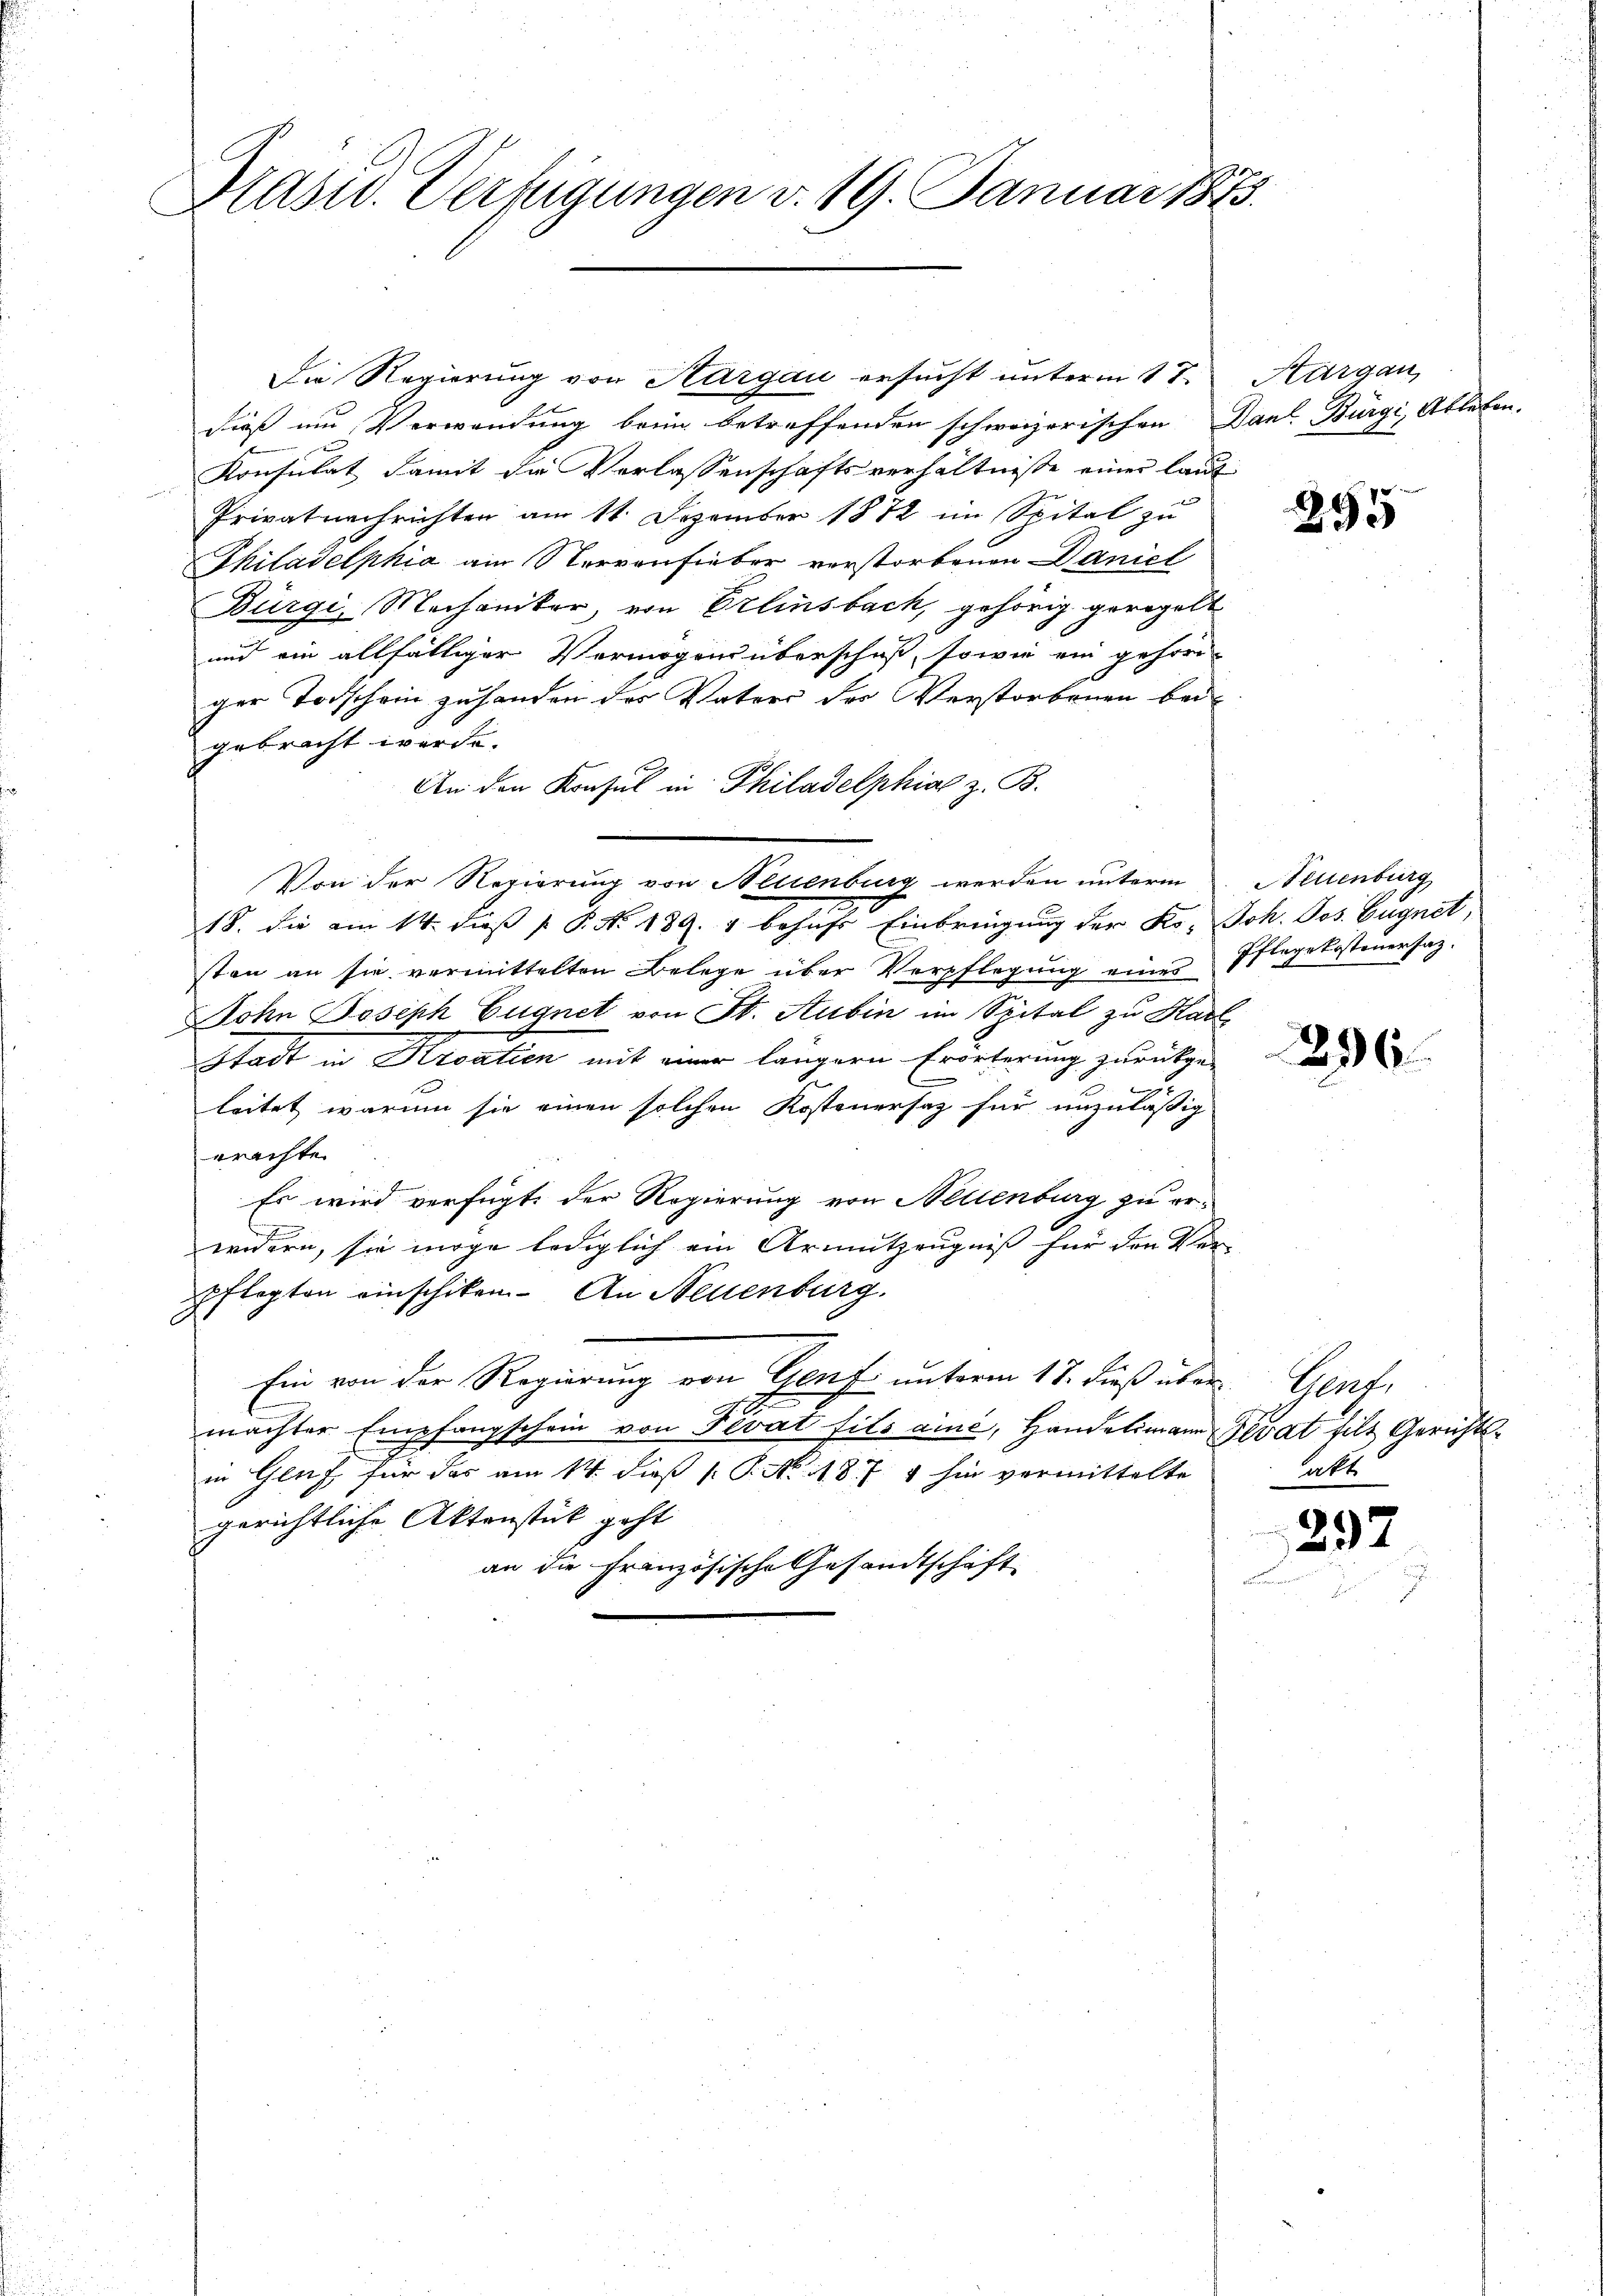
Brasid. Verfügungen v. 19. Januar 1873.

Die Regierung von Aargau ersucht unterm 17.
dieß um Verwendung beim betreffenden schweizerischen
Konsulat damit die Verlassenschaftsverhältnisse einer laut
Privatnachrichten am 11. Dezember 1872 im Spital zu
Philadelphia am Nervenfieber verstorbenen Daniel
Bürgi, Mechaniker, von Erlinsbach, gehörig geregele
und ein allfälliger Vermögens überschuß, sowie ein gehöri-
ger Taschein zuhanden des Vaters des Verstorbenen bei
gebracht werde.
An den Konsul in Philadelphiae z. B.
Von der Regierung von Neuenburg werden unterm
18. die am 14. dieß P. Nr. 189. 1 behufs Einbringung der Ro- Joh. Jos. Eugnet,
sten an sie vermittelten Belege über Verpflegung eines Pflegekosteuersaz.
Sohn Joseph Eugnet von St. Aubin im Spital zu Kar
Stadt in Kroatien mit einer längern Erörterung zurückge-
leitet warum sie einen solchen Kostenersaz für unzuläßig
erachte.
Es wird verfügt der Regierung von Nellenburg zu err
widern, sie möge lediglich ein Armutzeugniß für den Klei
pflegten einschiken. An Neuenburg.
Ein von der Regierung von Genf unterm 17. Fuß über Genf,
1
machter Empfangschein von Fevat fils aine, Handelsmann Perat fils Gerichts-
in Gleich für das am 14. dieß P. Nr. 1871 hin vermittelte
gerichtliche Aktenstück geht
an die Französische Gesandtschaft

Thurgau,
Dant. Bürgi, Ableben.

.

295

Stellenburg

s

296.

hatt

297